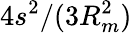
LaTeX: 4s^{2}/(3R_{m}^{2})